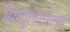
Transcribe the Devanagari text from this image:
सिम्युलेटरला